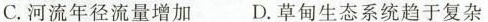
C.河流年径流量增加 D.草甸生态系统趋于复杂